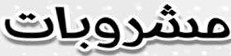
مشروبات